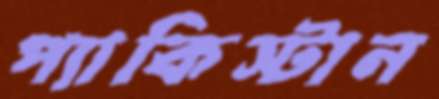
প্যাকিস্টান